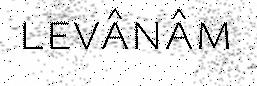
levânâm